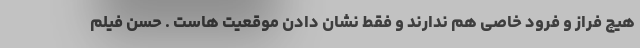
هیچ فراز و فرود خاصی هم ندارند و فقط نشان دادن موقعیت هاست . حسن فیلم